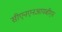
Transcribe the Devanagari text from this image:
सीएनएनआयबीएन